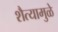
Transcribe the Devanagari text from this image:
शैत्यामुळे